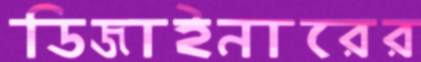
ডিজাইনারের